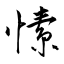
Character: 愫